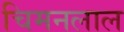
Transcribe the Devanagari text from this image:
चिमनलाल